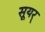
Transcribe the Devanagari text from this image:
सूयर्